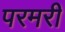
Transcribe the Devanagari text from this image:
परमरी